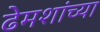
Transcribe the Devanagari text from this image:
ढेमशांच्या